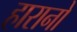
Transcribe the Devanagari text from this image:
हारानो